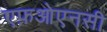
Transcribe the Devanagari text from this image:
एफ़ओएनसी